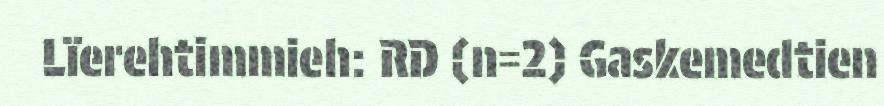
Lïerehtimmieh: RD (n=2) Gaskemedtien